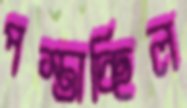
পস্তাচ্ছিল